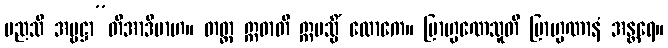
မညသိ အမ္ဗဋ္ဌာ”တိအာဒိမာဟ။ တတ္ထ ဣဓာတိ ဣမသ္မိံ လောကေ။ ဗြာဟ္မဏေသူတိ ဗြာဟ္မဏာနံ အန္တရေ။